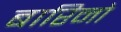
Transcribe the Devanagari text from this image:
बारिनो